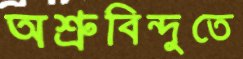
অশ্রুবিন্দুতে